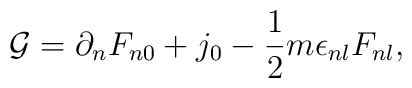
{\cal G} = \partial_nF_{n0} + j_0 -\frac{1}{2}m\epsilon_{nl}F_{nl},